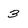
Character: 3